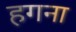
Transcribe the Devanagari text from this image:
हगना